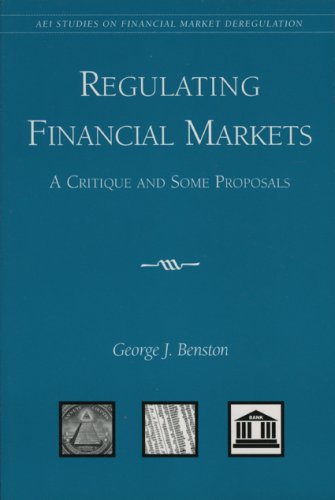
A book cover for Regulating Financial Markets: A Critique and Some Proposals; George J. Benston; Law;